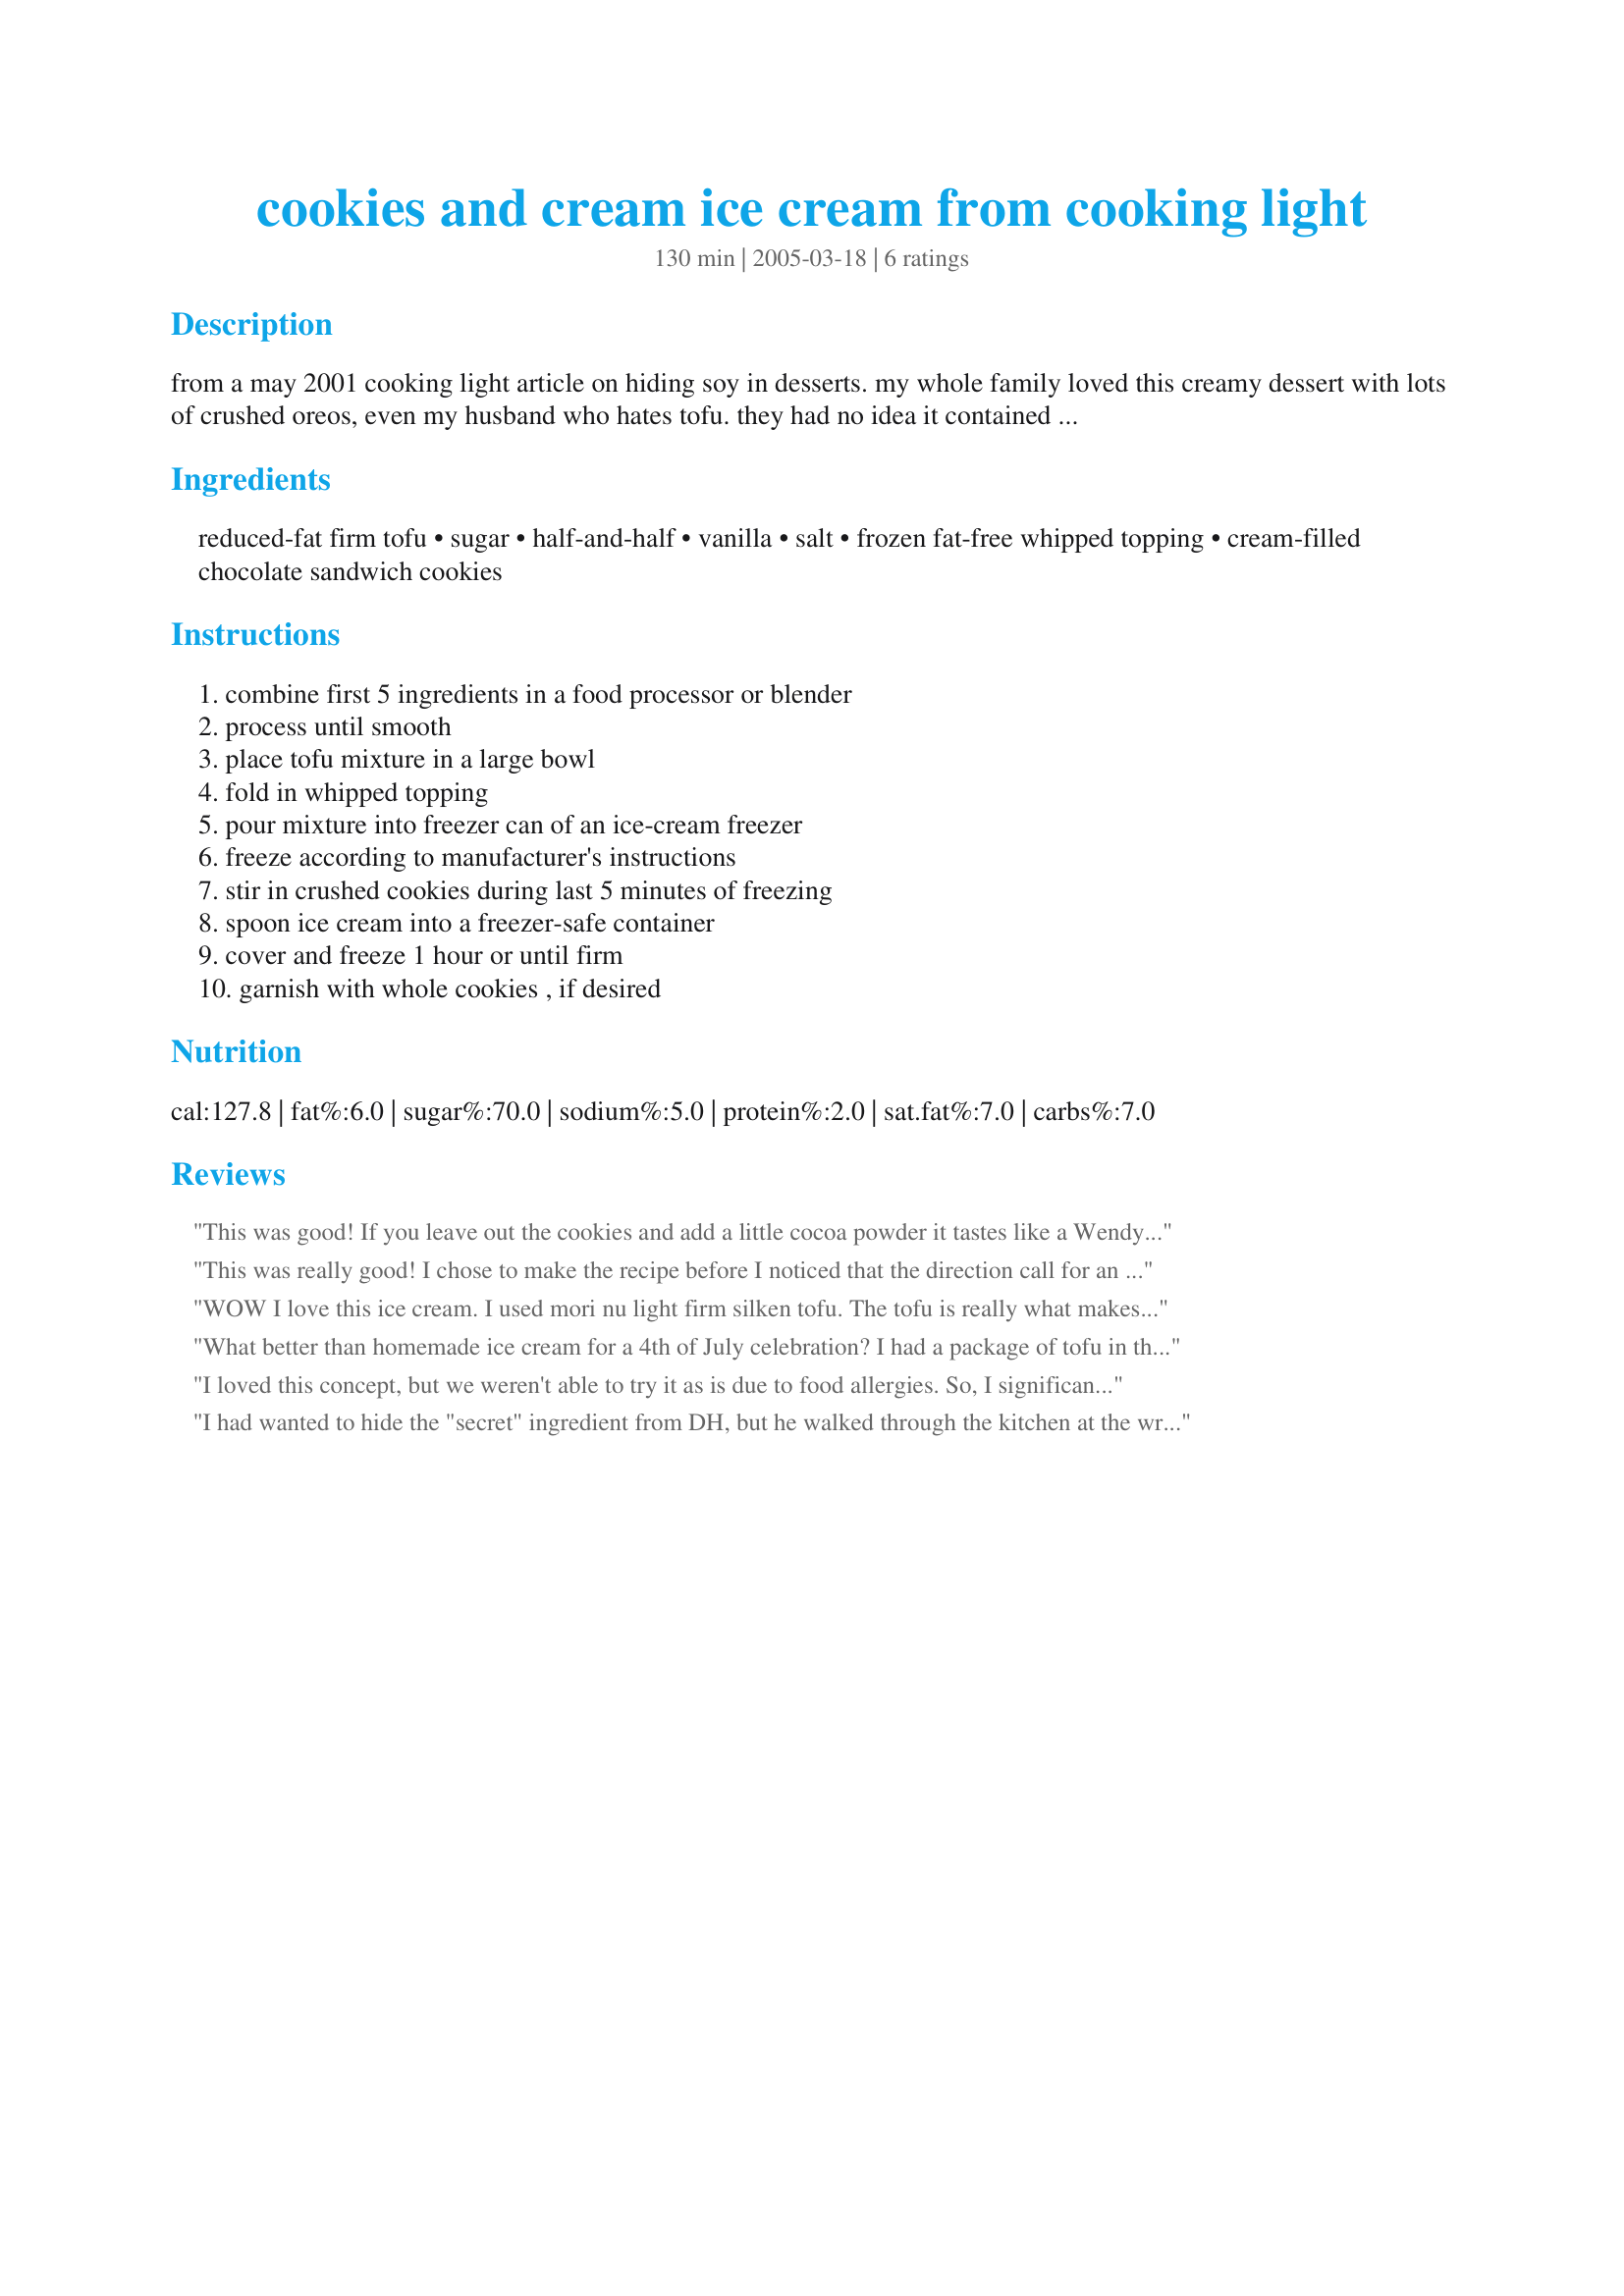
cookies and cream ice cream from cooking light
Preparation time: 130 minutes

from a may 2001 cooking light article on hiding soy in desserts. my whole family loved this creamy dessert with lots of crushed oreos, even my husband who hates tofu. they had no idea it contained soy and i'm sure not telling!

Ingredients:
reduced-fat firm tofu, sugar, half-and-half, vanilla, salt, frozen fat-free whipped topping, cream-filled chocolate sandwich cookies

Steps:
combine first 5 ingredients in a food processor or blender, process until smooth, place tofu mixture in a large bowl, fold in whipped topping, pour mixture into freezer can of an ice-cream freezer, freeze according to manufacturer's instructions, stir in crushed cookies during last 5 minutes of freezing, spoon ice cream into a freezer-safe container, cover and freeze 1 hour or until firm, garnish with whole cookies , if desired

Reviews:
This was good! If you leave out the cookies and add a little cocoa powder it tastes like a Wendy's frosty....of course, I added the cookies too! :)
This was really good! I chose to make the recipe before I noticed that the direction call for an ice cream maker freezer. I froze it in a Rubbermaid container and it worked out just fine! You really cannot tell that there is tofu in this recipe. It is so light and the calories are so few, that I will indulge in this a bunch! thanks for posting the recipe!!!
WOW I love this ice cream. I used mori nu light firm silken tofu. The tofu is really what makes this ice cream so rich and creamy tasting. Instead of frozen whipped topping I used dream whip which worked very well. I also used coarsley chopped cocoa teddy grahams instead of oreo cookies. I wanted my mom (who is diabetic) to be able to eat little bits of this ice cream and so didn't want the icing between the oreo cookies. I used a little less than 3/4 cup of the teddy grahams which worked perfectly. This ice cream froze nicely and didn't freeze solid when left in the freezer. This will be a definite regular. I am so glad I made this recipe! Thank you so much LonghornMama!!! :)
What better than homemade ice cream for a 4th of July celebration? I had a package of tofu in the fridge that needed to be used and found this wonderful, creamy recipe. You are correct, no would know that there is tofu in this recipe. It is nice and creamy and delicious!
I loved this concept, but we weren't able to try it as is due to food allergies. So, I significantly adapted this recipe to be dairy and chocolate free. The combination of tofu and whipped topping creates a very creamy ice cream that can fool even the neighbor children. What a wonderful treat for my kids with food allergies! We make all of our own ice cream, so I was glad to have a concept to start from for flavors that they would enjoy. I adapted this recipe into mint and carob chip ice cream and posted my new adapted recipe if others would find it helpful. Thank you!!!!
I had wanted to hide the "secret" ingredient from DH, but he walked through the kitchen at the wrong moment and saw me blending the tofu. However, upon tasting the final product he kept shaking his head in disbelief and asking, "Is there really tofu in this? I can't tell!" I will try this tofu base again with variations. Thanks so much for a wonderful lowfat ice cream recipe!
